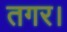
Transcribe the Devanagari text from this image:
तगर।